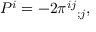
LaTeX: P ^ { i } = - 2 \pi ^ { i j } { } _ { ; j } ,